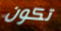
تكون